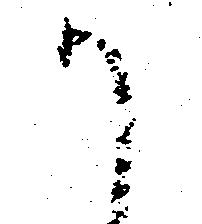
か